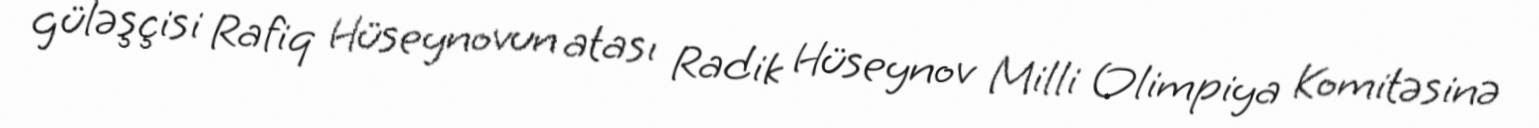
güləşçisi Rafiq Hüseynovun atası Radik Hüseynov Milli Olimpiya Komitəsinə